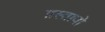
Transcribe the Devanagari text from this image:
प्रस्तावो